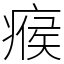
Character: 瘊